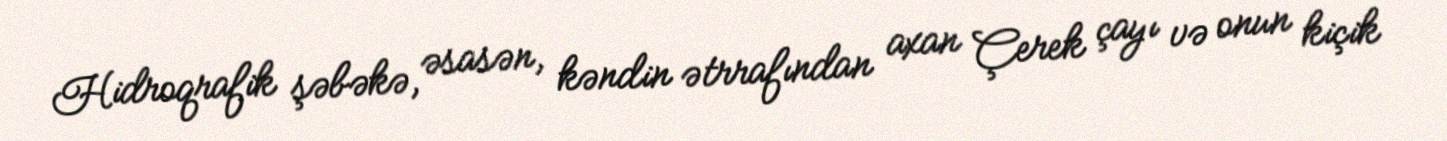
Hidroqrafik şəbəkə, əsasən, kəndin ətrrafından axan Çerek çayı və onun kiçik